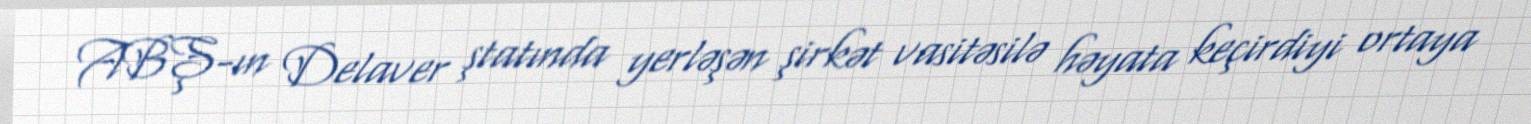
ABŞ-ın Delaver ştatında yerləşən şirkət vasitəsilə həyata keçirdiyi ortaya